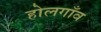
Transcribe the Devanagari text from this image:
होलगाँव